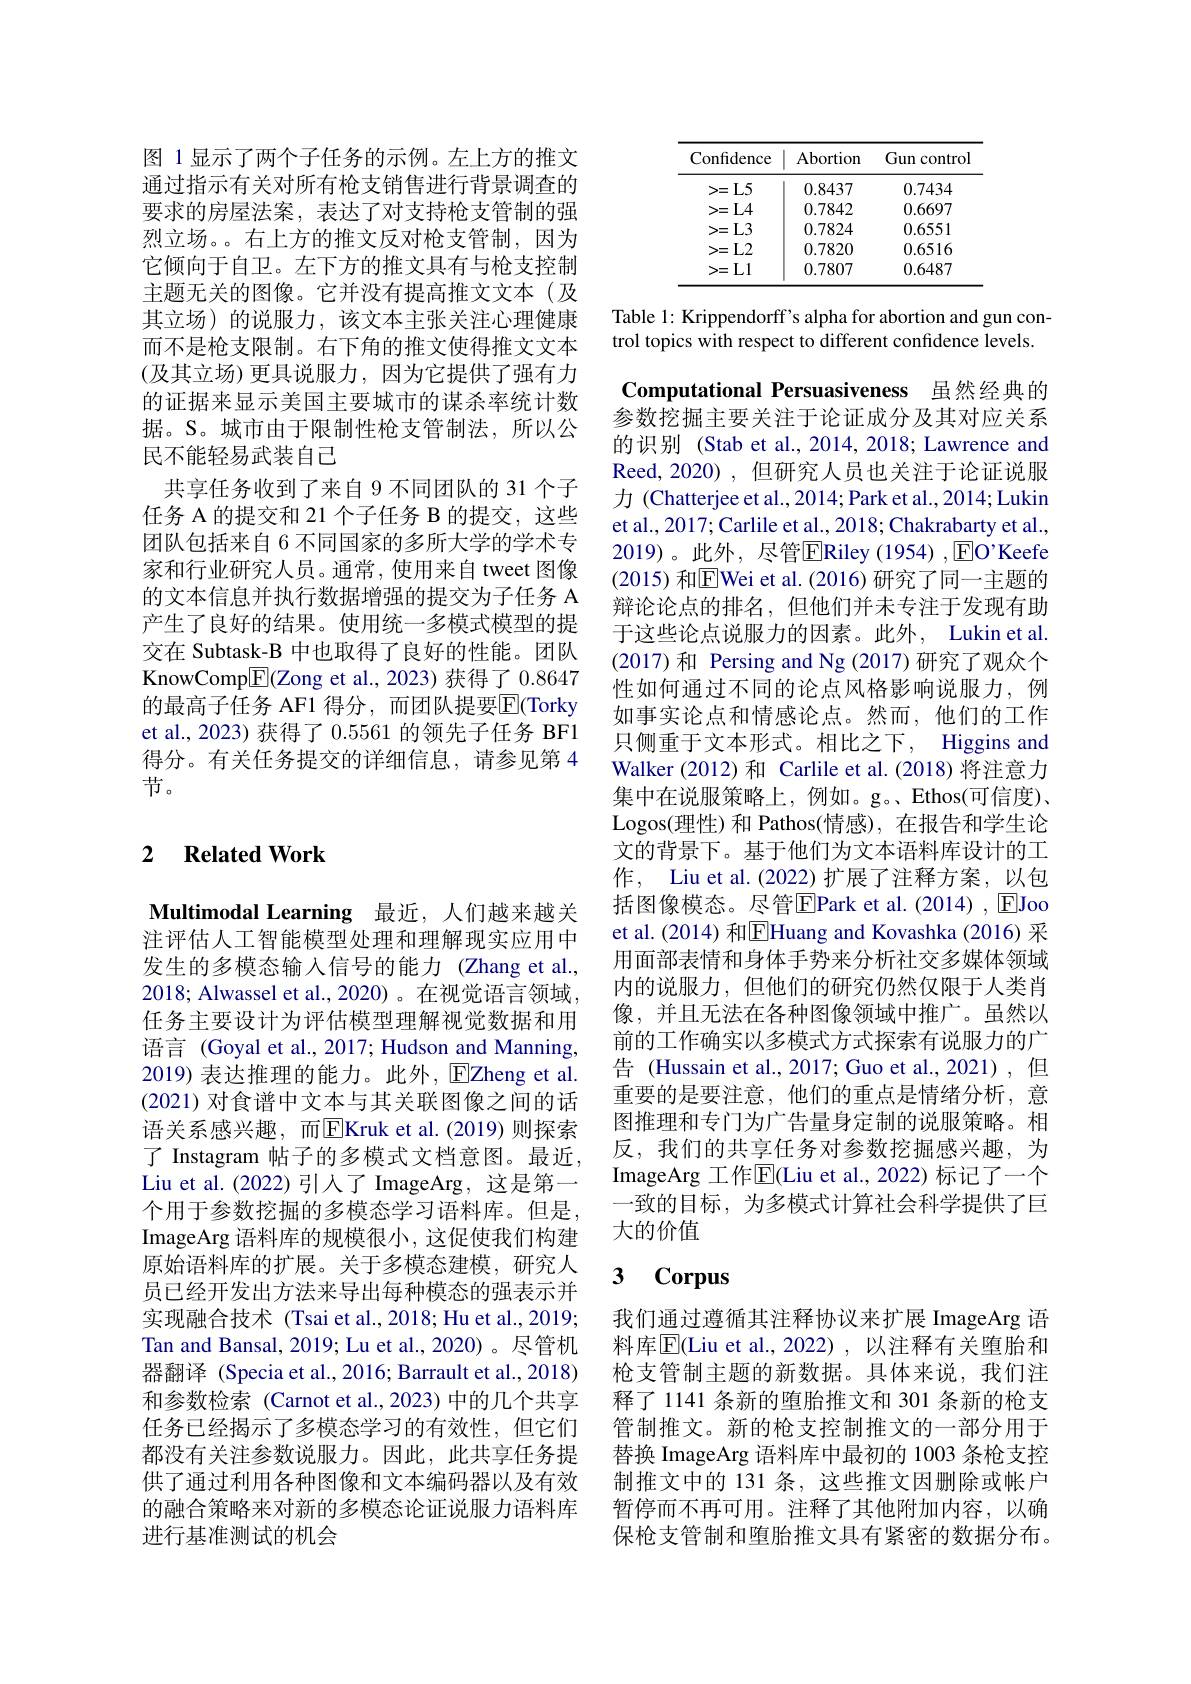
图 1显示了两个子任务的示例。左上方的推文通过指示有关对所有枪支销售进行背景调查的要求的房屋法案，表达了对支持枪支管制的强烈立场。。右上方的推文反对枪支管制，因为它倾向于自卫。左下方的推文具有与枪支控制主题无关的图像。它并没有提高推文文本(及其立场)的说服力，该文本主张关注心理健康而不是枪支限制。右下角的推文使得推文文本(及其立场)更具说服力，因为它提供了强有力的证据来显示美国主要城市的谋杀率统计数据。S。城市由于限制性枪支管制法，所以公民不能轻易武装自己
共享任务收到了来自 9 不同团队的 31 个子任务 A 的提交和 21 个子任务 B 的提交，这些团队包括来自 6 不同国家的多所大学的学术专家和行业研究人员。通常，使用来自 tweet 图像的文本信息并执行数据增强的提交为子任务 A 产生了良好的结果。使用统一多模式模型的提交在 Subtask-B 中也取得了良好的性能。团队KnowComp$\underline{\mathrm{E}}($Zong et al., 2023) 获得了0.8647的最高子任务 AF1 得分，而团队提要$\overline{\mathrm{E}}($Torky et al., 2023) 获得了0.5561的领先子任务 BF1得分。有关任务提交的详细信息，请参见第 4节。

## 2 $\textbf{Related Work}$

Multimodal Learning 最近，人们越来越关注评估人工智能模型处理和理解现实应用中发生的多模态输入信号的能力(Zhang et al., 2018; Alwassel et al., 2020)。在视觉语言领域， 任务主要设计为评估模型理解视觉数据和用语言 (Goyal et al., 2017; Hudson and Manning, 2019) 表达推理的能力。此外，$\operatorname{E\text{Zheng et al}.}$ (2021) 对食谱中文本与其关联图像之间的话语关系感兴趣，而|EKruk et al.(2019)则探索了 Instagram 帖子的多模式文档意图。最近， Liu et al.(2022)引人了 ImageArg, 这是第一个用于参数挖掘的多模态学习语料库。但是， ImageArg 语料库的规模很小，这促使我们构建原始语料库的扩展。关于多模态建模，研究人员已经开发出方法来导出每种模态的强表示并实现融合技术 (Tsai et al., 2018; Hu et al., 2019; Tan and Bansal, 2019; Lu et al., 2020)。尽管机器翻译 (Specia et al., 2016; Barrault et al., 2018) 和参数检索 (Carnot et al.,2023) 中的几个共享任务已经揭示了多模态学习的有效性，但它们都没有关注参数说服力。因此，此共享任务提供了通过利用各种图像和文本编码器以及有效的融合策略来对新的多模态论证说服力语料库进行基准测试的机会

<table>
	<tbody>
		<tr>
			<th>Confidence</th>
			<th>Abortion</th>
			<th>Gun 1control</th>
		</tr>
		<tr>
			<td>=L5 >=</td>
			<td>0.8437</td>
			<td>0.7434</td>
		</tr>
		<tr>
			<td>>= $L4$</td>
			<td>0.7842</td>
			<td>0.6697</td>
		</tr>
		<tr>
			<td>>= $L3$</td>
			<td>0.7824</td>
			<td>0.6551</td>
		</tr>
		<tr>
			<td>$L2$ >=</td>
			<td>0.7820</td>
			<td>0.6516</td>
		</tr>
		<tr>
			<td>L1 >=</td>
			<td>0.7807</td>
			<td>0.6487</td>
		</tr>
	</tbody>
</table>

Table 1: Krippendorff's alpha for abortion and gun control topics with respect to different confidence levels.

Computational Persuasiveness 虽然经典的

参数挖掘主要关注于论证成分及其对应关系的识别 (Stab et al., 2014, 2018; Lawrence and Reed, 2020) , 但研究人员也关注于论证说服力 (Chatterjee et al., 2014; Park et al., 2014; Lukin et al., 2017; Carlile et al., 2018; Chakrabarty et al., 2019)。此外，尽管$\overline{\mathrm{E}}$Riley (1954) ,$\underline{\mathrm{E}}$O'Keefe (2015) 和$\boxed{\mathrm{F}}$Wei et al.(2016)研究了同一主题的辩论论点的排名，但他们并未专注于发现有助于这些论点说服力的因素。此外，Lukin et al. (2017)和 Persing and Ng (2017)研究了观众个性如何通过不同的论点风格影响说服力，例如事实论点和情感论点。然而，他们的工作只侧重于文本形式。相比之下，Higgins and Walker (2012) 和 Carlile et al.(2018) 将注意力集中在说服策略上，例如。g。、Ethos(可信度)、 Logos(理性)和 Pathos(情感), 在报告和学生论文的背景下。基于他们为文本语料库设计的工作，Liu et al.(2022)扩展了注释方案，以包括图像模态。尽管$\boxed{\mathrm{FPark~et~al.~(2014)~,~}}$EJoo et al. (2014) 和$\boxed{\mathrm{F}}$Huang and Kovashka (2016) 采用面部表情和身体手势来分析社交多媒体领域内的说服力，但他们的研究仍然仅限于人类肖像，并且无法在各种图像领域中推广。虽然以前的工作确实以多模式方式探索有说服力的广告 (Hussain et al.,2017; Guo et al.,2021),但重要的是要注意，他们的重点是情绪分析，意图推理和专门为广告量身定制的说服策略。相反，我们的共享任务对参数挖掘感兴趣，为ImageArg 工作$\overline{\mathrm{E}}($Liu et al., 2022) 标记了一个一致的目标，为多模式计算社会科学提供了巨大的价值

### $\textbf{3}$ $\textbf{Corpus}$

我们通过遵循其注释协议来扩展 ImageArg 语料库$\overline{\mathrm{E}}($Liu et al., 2022), 以注释有关堕胎和枪支管制主题的新数据。具体来说，我们注释了 1141 条新的堕胎推文和 301 条新的枪支管制推文。新的枪支控制推文的一部分用于替换 ImageArg 语料库中最初的 1003 条枪支控制推文中的 131 条，这些推文因删除或帐户暂停而不再可用。注释了其他附加内容，以确保枪支管制和堕胎推文具有紧密的数据分布。